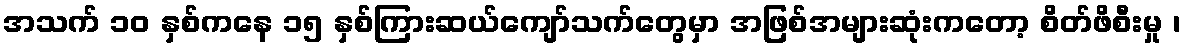
အသက် ၁၀ နှစ်ကနေ ၁၅ နှစ်ကြားဆယ်ကျော်သက်တွေမှာ အဖြစ်အများဆုံးကတော့ စိတ်ဖိစီးမှု ၊